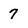
Character: 7